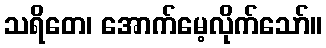
သရိတေ၊ အောက်မေ့လိုက်သော်။